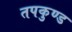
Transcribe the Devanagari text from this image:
तपकुण्ड